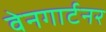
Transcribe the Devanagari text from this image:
वेनगार्टनर